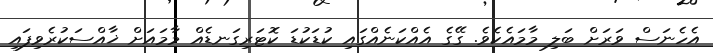
އެހެނަސް ވަރަށް ބަލި މާމައެކެވެ. ގޭގެ އެއްކަނެއްގައި ކުޑަކުޑަ ކޮޓަރިގަނޑެއް މާމައަށް ޚާއްސަކުރެވިފައި